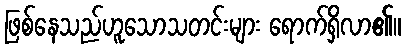
ဖြစ်နေသည်ဟူသောသတင်းများ ရောက်ရှိလာ၏။